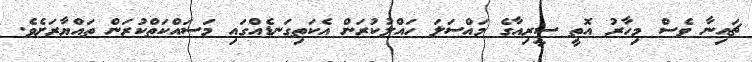
ޗައިނާ ވެސް މިހާރު އޮތީ ސީރިއާގެ މައްސަލަ ހައްލުކުރަން އެކަތިގަނޑެއްގައި މަސައްކަތްކުރަން ތައްޔާރަށެވެ.